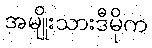
အမျိုးသားဒီမိုက